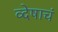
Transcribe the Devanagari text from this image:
व्देषाचं